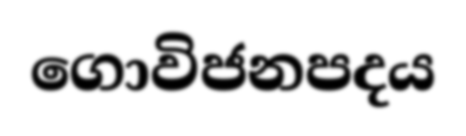
ගොවිජනපදය